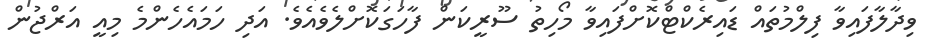
ވިދާލާފައިވާ ފިލްމުތައް ޑައިރެކްޓްކޮށްފައިވާ މޯހިތު ސޫރީކަން ފާހަގަކޮށްލެވެއެވެ. އަދި ހަމައެހެންމެ މިއީ އަރްޖުން